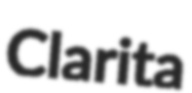
Clarita